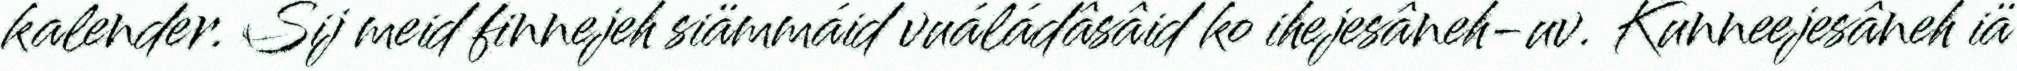
kalender. Sij meid finnejeh siämmáid vuáládâsâid ko ihejesâneh-uv. Kunneejesâneh iä